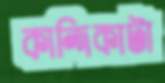
কান্দিকাটা